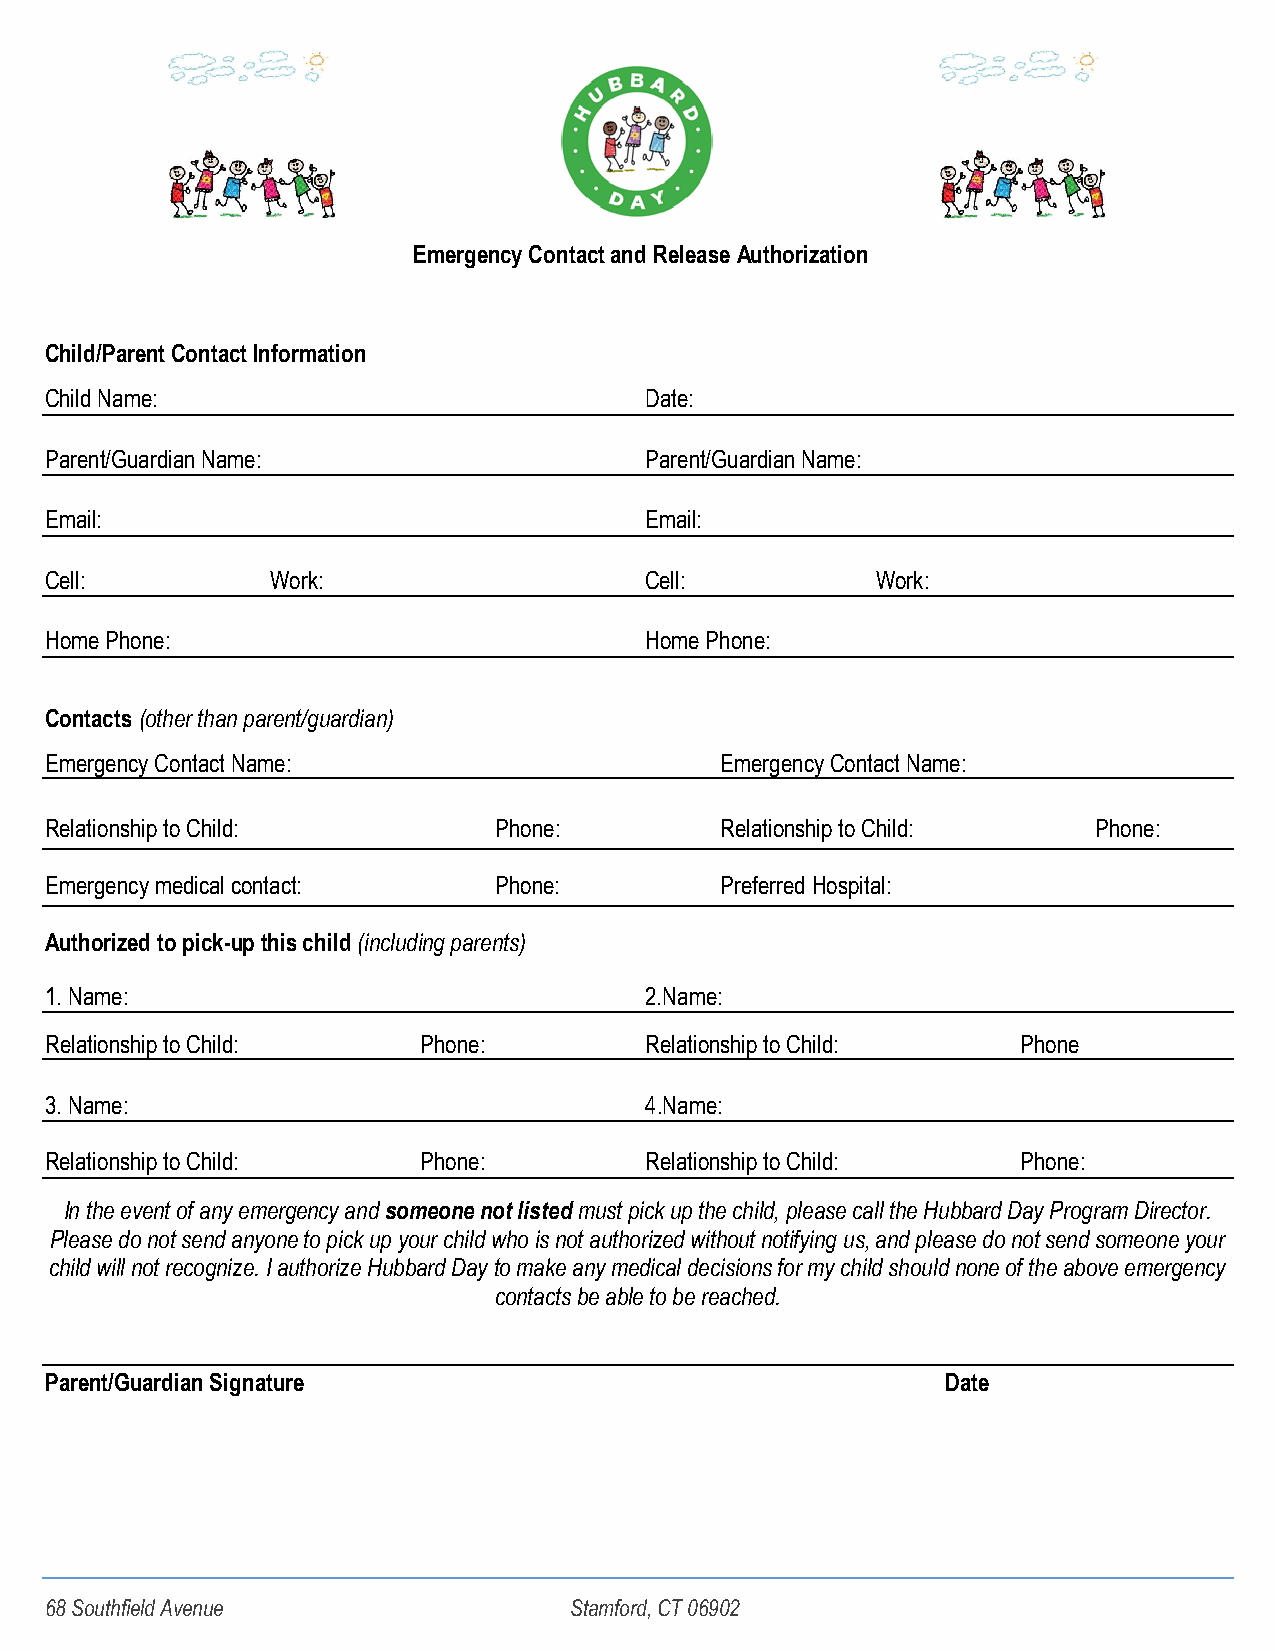
Emergency Contact and Release Authorization
 Child/Parent Contact Information
 Child Name:                             Date:
 Parent/Guardian Name:                   Parent/Guardian Name:
 Email:                                  Email:
 Cell:          Work:                    Cell:          Work:
 Home Phone:                             Home Phone:
 Contacts (other than parent/guardian)
 Emergency Contact Name:                      Emergency Contact Name:
 Relationship to Child:        Phone:         Relationship to Child:   Phone:
 Emergency medical contact:    Phone:         Preferred Hospital:
 Authorized to pick-up this child (including parents)
 1. Name:                                2.Name:
 Relationship to Child:   Phone:         Relationship to Child:   Phone
 3. Name:                                4.Name:
 Relationship to Child:   Phone:         Relationship to Child:   Phone:
 In the event of any emergency and someone not listed must pick up the child, please call the Hubbard Day Program Director.
 Please do not send anyone to pick up your child who is not authorized without notifying us, and please do not send someone your
 child will not recognize. I authorize Hubbard Day to make any medical decisions for my child should none of the above emergency
 contacts be able to be reached.
 Parent/Guardian Signature                                   Date
 68 Southfield Avenue               Stamford, CT 06902